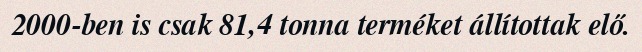
2000-ben is csak 81,4 tonna terméket állítottak elő.